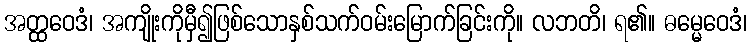
အတ္ထဝေဒံ၊ အကျိုးကိုမှီ၍ဖြစ်သောနှစ်သက်ဝမ်းမြောက်ခြင်းကို။ လဘတိ၊ ရ၏။ ဓမ္မေဝေဒံ၊